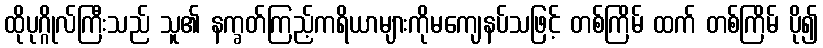
ထိုပုဂ္ဂိုလ်ကြီးသည် သူ၏ နက္ခတ်ကြည့်ကရိယာများကိုမကျေနပ်သဖြင့် တစ်ကြိမ် ထက် တစ်ကြိမ် ပို၍